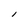
Character: l